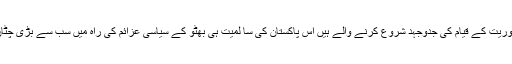
کاش کہ اس وقت اصغر خان یہ جان جاتے کہ جس پاکستان کی سا لمیت کے لئے وہ آمریت کے خاتمے اور جمہوریت کے قیام کی جدوجہد شروع کرنے والے ہیں اس پاکستان کی سا لمیت ہی بھٹو کے سیاسی عزائم کی راہ میں سب سے بڑی چٹان ہے اور اس چٹان کو ہٹانے کے لئے وہ جمہوریت کو بطور ہتھیار استعمال کرنے کا منصوبہ تیار کر چکا ہے۔